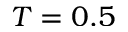
T = 0 . 5